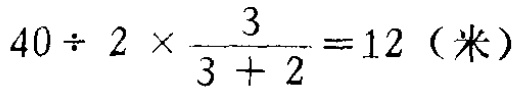
\(40\div 2\times\frac{3}{3 + 2}=12\)（米）